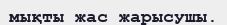
мықты жас жарысушы.